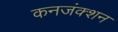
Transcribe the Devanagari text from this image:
कनजंक्शन